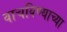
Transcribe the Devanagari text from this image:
वाचविण्याच्या